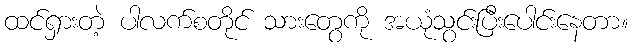
ထင်ရှားတဲ့ ပါလက်စတိုင် သားတွေကို အယုံသွင်းပြီးပေါင်းနေတာ။